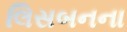
લિસબનના